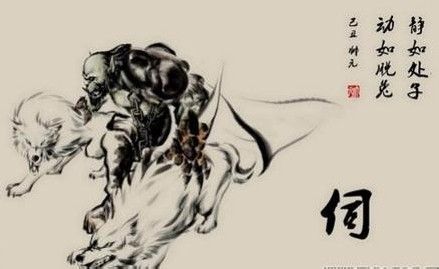
始如处女，敌人开户，后如脱兔，敌不及拒。